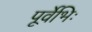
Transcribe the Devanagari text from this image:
पूर्वेभिः